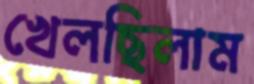
খেলছিলাম